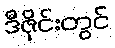
ဒီဇိုင်းတွင်